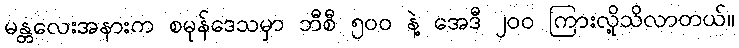
မန္တလေးအနားက စမုန်ဒေသမှာ ဘီစီ ၅ဝဝ နဲ့ အေဒီ ၂ဝဝ ကြားလို့သိလာတယ်။